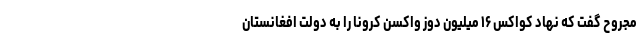
مجروح گفت که نهاد کواکس ۱۶ میلیون دوز واکسن کرونا را به دولت افغانستان